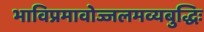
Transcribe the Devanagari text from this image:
भाविप्रमावोज्जलमव्यबुद्धिः